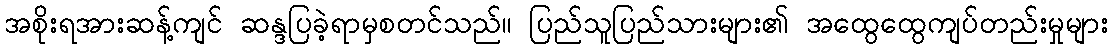
အစိုးရအားဆန့်ကျင် ဆန္ဒပြခဲ့ရာမှစတင်သည်။ ပြည်သူပြည်သားများ၏ အထွေထွေကျပ်တည်းမှုများ